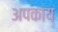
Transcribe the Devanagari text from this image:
अपकाय